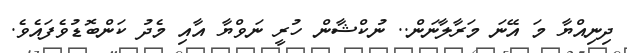
ދިނިއްޔާ މަ އޭނަ މަރާލާނަން.. ނުކްޝާން ހުރީ ނަވްޔާ އާއި މެދު ކަންބޮޑުވެފައެވެ.